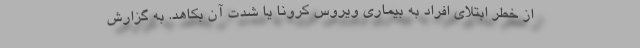
از خطر ابتلای افراد به بیماری ویروس کرونا یا شدت آن بکاهد. به گزارش